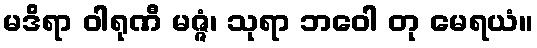
မဒိရာ ဝါရုဏီ မဇ္ဇံ၊ သုရာ ဘဝေါ တု မေရယံ။